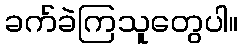
ခက်ခဲကြသူတွေပါ။